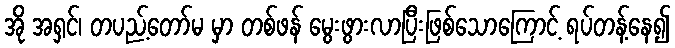
အို အရှင်၊ တပည့်တော်မ မှာ တစ်ဖန် မွေးဖွားလာပြီးဖြစ်သောကြောင့် ရပ်တန့်နေ၍